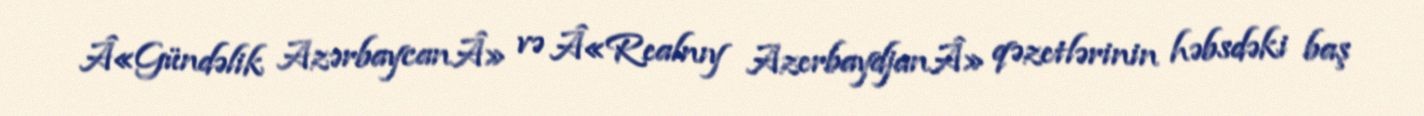
Â«Gündəlik AzərbaycanÂ» və Â«Realnıy AzerbaydjanÂ» qəzetlərinin həbsdəki baş